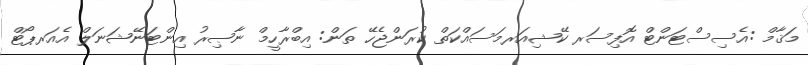
މަޤާމް :އެސިސްޓަންޓް އޮފިސަރ ކޭޝިއަރމަސައްކަތް ކުރަންޖެހޭ ތަން: އިބްރާހީމް ނާޞިރު އިންޓަނޭޝަނަލް އެއަރޕޯޓް